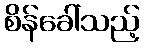
စိန်ခေါ်သည့်